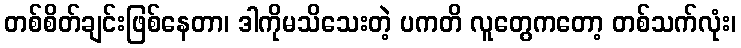
တစ်စိတ်ချင်းဖြစ်နေတာ၊ ဒါကိုမသိသေးတဲ့ ပကတိ လူတွေကတော့ တစ်သက်လုံး၊